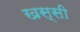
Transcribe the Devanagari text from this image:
खस्सी